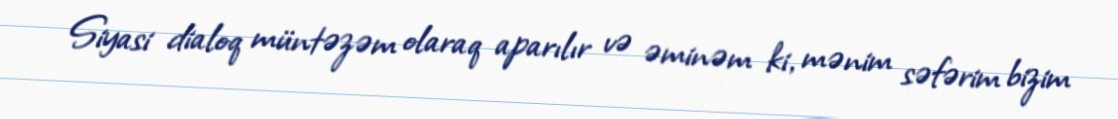
Siyasi dialoq müntəzəm olaraq aparılır və əminəm ki, mənim səfərim bizim